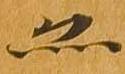
亦